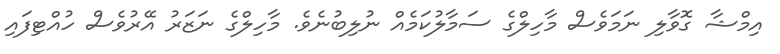
އިމްޝާ ގޮވާލި ނަމަވެސް މާހިލްގެ ސަމާލުކަމެއް ނުލިބުނެވެ. މާހިލްގެ ނަޒަރު އޭރުވެސް ހުއްޓިފައި